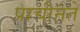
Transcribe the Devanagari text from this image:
प्राचीनते